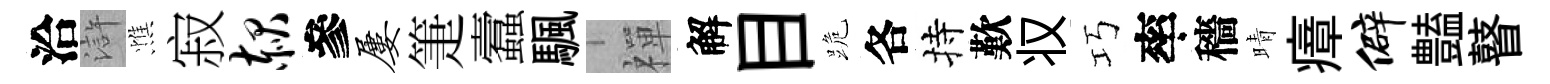
洽滸憔寂赧參屡箑蠧颿禪解目跪各持歎𠬧巧率穡晴瘴僻𧰟瞽